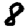
Digit: 8